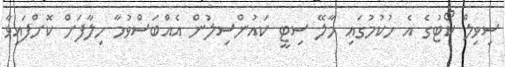
ސިވިލް ކޯޓުގެ އެ ހުކުމުގައި މާލޭ ސިޓީ ކައުންސިލުން އެއްބަސްވުމާ ހިލާފަށް ކޮށްފައިވާ